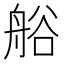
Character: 𮎐